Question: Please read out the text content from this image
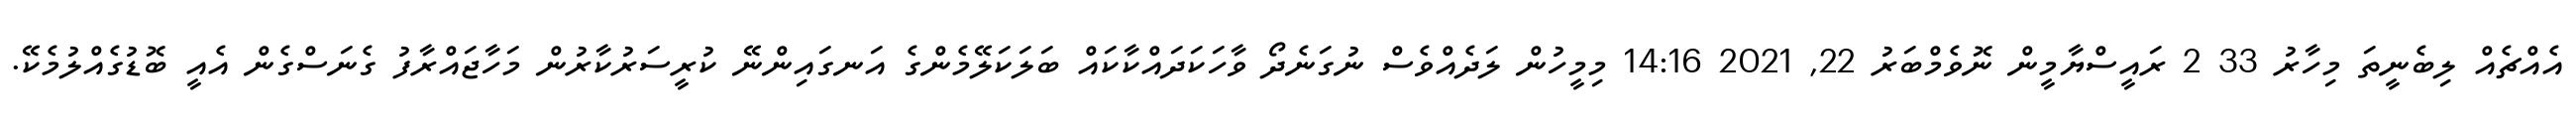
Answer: އެއްޗެއް ލިބެނީތަ މިހާރު 33 2 ރައީސްޔާމީން ނޮވެމްބަރު 22, 2021 14:16 މިމީހުން ލަދެއްވެސް ނުގަނެދޯ ވާހަކަދައްކާކައް ބަލަކަލޭމެންގެ އަނގައިންނޭ ކުރީސަރުކާރުން މަހާޖައްރާފު ގެނަސްގެން އެއީ ބޮޑުގެއްލުމެކޭ.